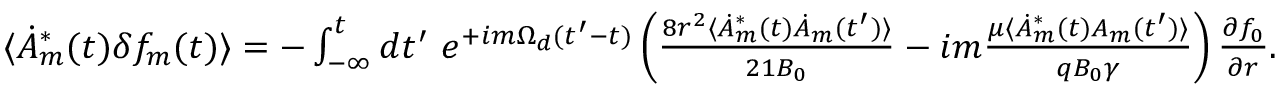
\begin{array} { r } { \langle \dot { A } _ { m } ^ { * } ( t ) \delta f _ { m } ( t ) \rangle = - \int _ { - \infty } ^ { t } d t ^ { \prime } \ e ^ { + i m \Omega _ { d } ( t ^ { \prime } - t ) } \left( \frac { 8 r ^ { 2 } \langle \dot { A } _ { m } ^ { * } ( t ) \dot { A } _ { m } ( t ^ { \prime } ) \rangle } { 2 1 B _ { 0 } } - i m \frac { \mu \langle \dot { A } _ { m } ^ { * } ( t ) A _ { m } ( t ^ { \prime } ) \rangle } { q B _ { 0 } \gamma } \right) \frac { \partial f _ { 0 } } { \partial r } . } \end{array}